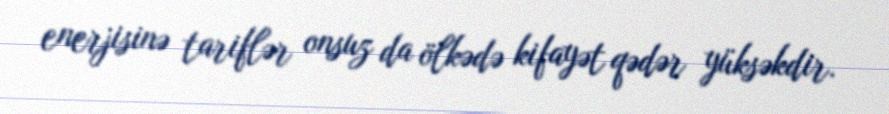
enerjisinə tariflər onsuz da ölkədə kifayət qədər yüksəkdir.